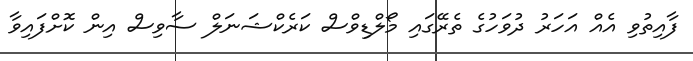
ފާއިތުވި އެއް އަހަރު ދުވަހުގެ ތެރޭގައި މޯލްޑިވްސް ކަރެކްޝަނަލް ސާވިސް އިން ކޮށްފައިވާ